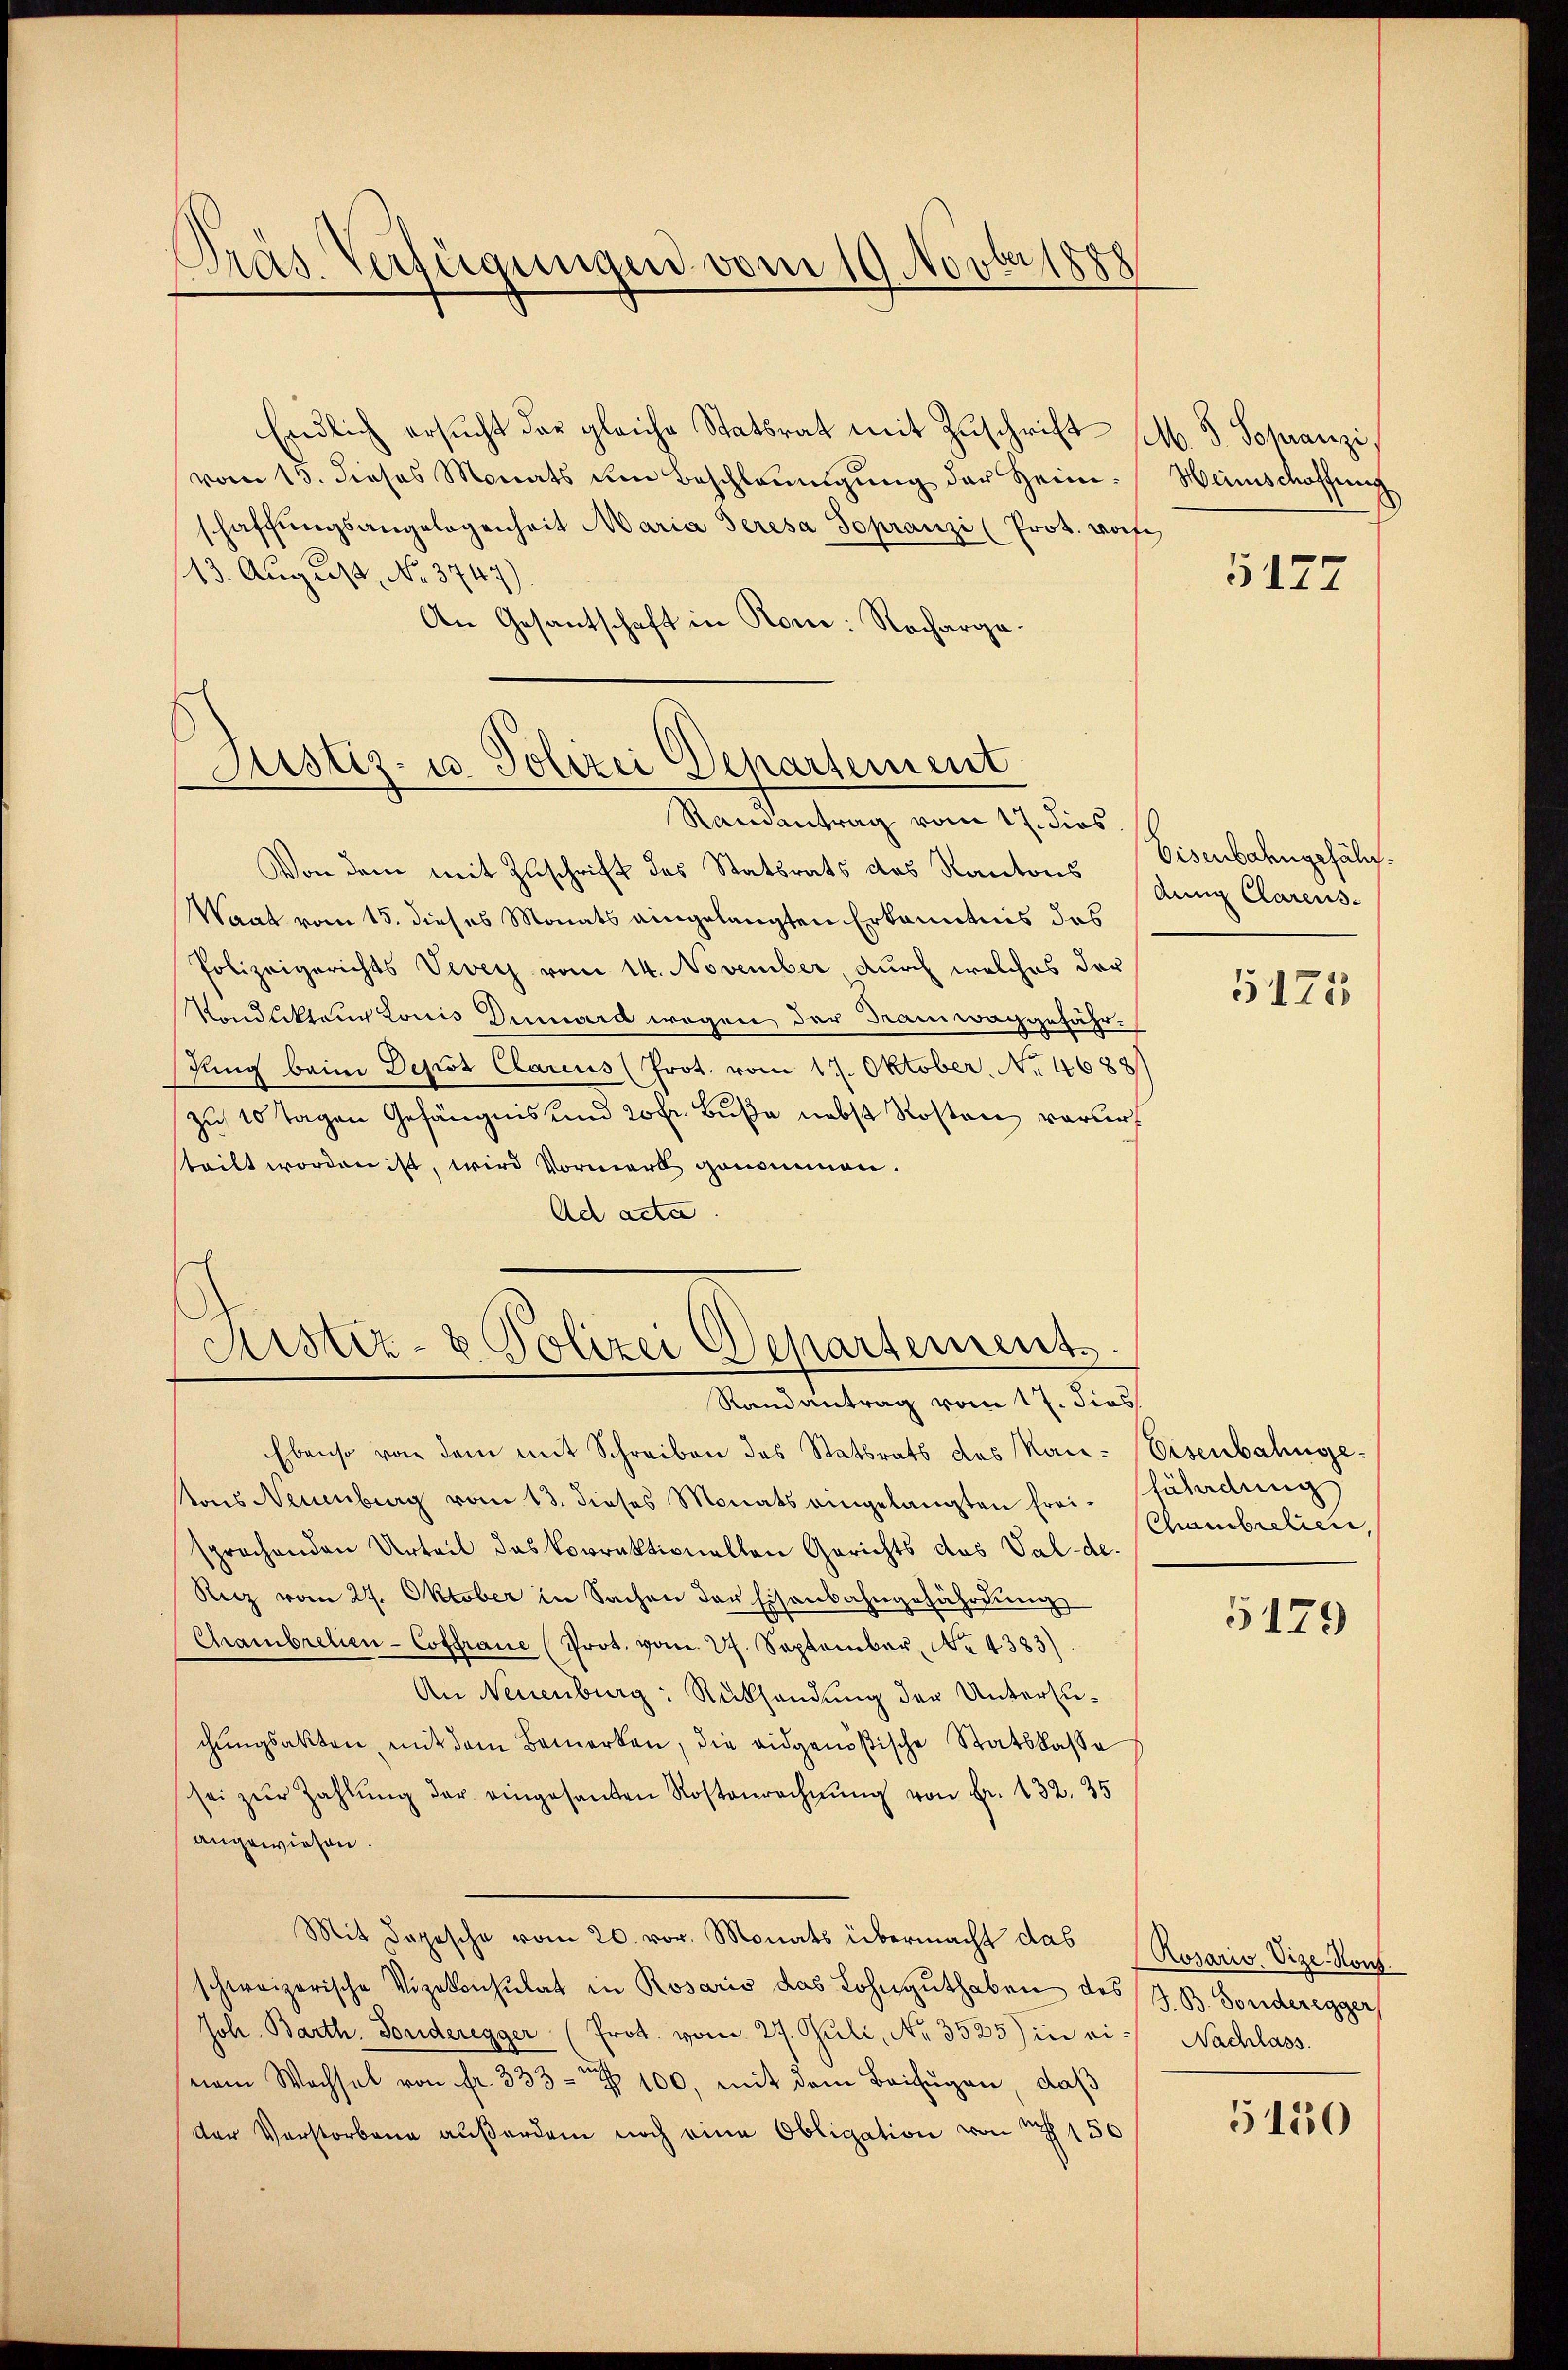
Dras Verfügungen vom 19. Novberp

Endlich ersŭcht der gleiche Statsrat mit Zŭschrift M. J. Schranzi
vom 13. dieses Monats um Beschleunigŭng der Heim.
schaffŭngsangelegenheit Maria Seresa sopranzi (Prot. worfe
13. August, No. 3747)
An Gesantschaft in Rone: Rocharga¬

Justiz- u. Polizei Departement

Randantrag vom 17. dies.
Von dem mit Zuschrift des Statsrats das Kantons den Clarens-
Waat vom 15. dieses Monats eingelangten Erkanntnis das
Polizeigerichts Vevey vom 14. November durch welches der
Kondukteur Louis Dumard wegen der Tramwachgefährfung beim Depot Clarius (Prot. vom 17. Oktober. No 4688/
zu 10 Tagen Gefängnis und 20 fr. Buße nebst Kosten verursteilt worden ist, wird Vormerk genommen.
Ad acta

Aistiz- & Polizei Departement
Randantrag vom 17. dies

Ebenso von dem mit Schreiben des Stattrats des Kau-Eisenbahngetons Neuenburg vom 13. dieses Monats eingelangten frei fährdung
sprachenden Urteil das Vorrektionellen Gerichts des Val-de-
Rez vom 27. Oktober in Sachen der Eisenbahngefährdung
Chambrelien-Coffrane (Prot. vom 27. September, No. 4383)
An Neuenburg: Rükhandung der Untersuchungsakten mit dem Bemerken, die eidgenößische Statskasse
sei zŭr Zahlŭng der eingesanten Kostenrechnŭng von Fr. 132. 35
angewiesen.
Mit depesche vom 20. vor. Monats übermacht das Rosario Vize-Konf
schweizerische Vizekonsulat in Rosaris das Lohnguthaben des H. B. Sonderegger
Joh. Barth. Sonderegger (Prot. vom 27. Juli, Nr. 3525 in ei Nachlass
nem Wachsel von fr. 333 - 100, mit dem Beifügen, daß
der Verstorbene außerdem noch eine Obligation von 150

Heinschaffung

5177

Eisenbahngesäle.
5125

Chambrelicen,
5179

5150